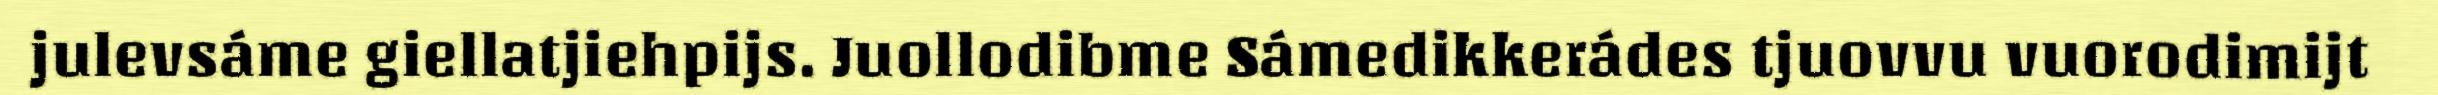
julevsáme giellatjiehpijs. Juollodibme Sámedikkerádes tjuovvu vuorodimijt